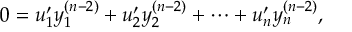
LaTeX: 0 = u _ { 1 } ^ { \prime } y _ { 1 } ^ { ( n - 2 ) } + u _ { 2 } ^ { \prime } y _ { 2 } ^ { ( n - 2 ) } + \cdots + u _ { n } ^ { \prime } y _ { n } ^ { ( n - 2 ) } ,